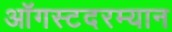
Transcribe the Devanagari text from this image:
ऑगस्टदरम्यान